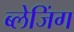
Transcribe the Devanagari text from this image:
ब्लेजिंग